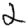
Digit: 2